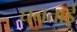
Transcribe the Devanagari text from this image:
घनताई